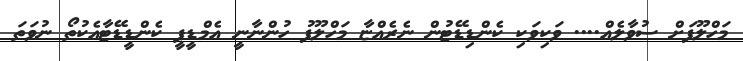
މަހްލޫފަށް ސުވާލެއް.... ވަކިވަކި ކެންޑިޑޭޓުން ނެރެެއްޏާ މަހްލޫފު ހުންނާނީ އެމްޑީޕީ ކެންޑީޑޭޓާއެކުތޯ ނުވަތަ